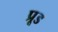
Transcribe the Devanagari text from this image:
प्रूड